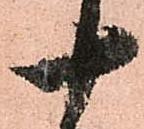
十